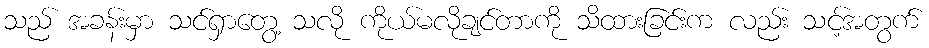
သည် အခန်းမှာ သင်ရှာတွေ့ သလို ကိုယ်မလိုချင်တာကို သိထားခြင်းက လည်း သင့်အတွက်